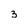
Character: 3